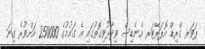
ޕަވަރ ގްރިޑް އޮޕަރޭޓަރ އެނެޑިސް ވިދާޅުވިގޮތުގައި އެ ގައުމުުގެ 250000 އަށްވުރެ ގިނަ